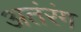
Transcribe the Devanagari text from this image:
अतंरंग